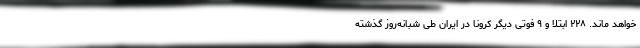
خواهد ماند. ۲۲۸ ابتلا و ۹ فوتی دیگر کرونا در ایران طی شبانه‌روز گذشته